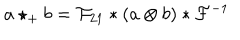
a \star _ { + } b = { \cal F } _ { 2 1 } * ( a \otimes b ) * { \cal F } ^ { - 1 }